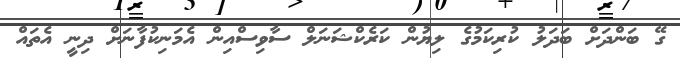
ގޭ ބަންދަށް ބަދަލު ކުރިކަމުގެ ލިޔުން ކަރެކްޝަނަލް ސާވިސްއިން އެމަނިކުފާނަށް ދިނީ އެތައް